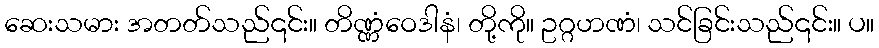
ဆေးသမား အတတ်သည်၎င်း။ တိဏ္ဏံဝေဒါနံ၊ တို့ကို။ ဥဂ္ဂဟဏံ၊ သင်ခြင်းသည်၎င်း။ ပ။